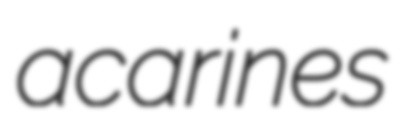
acarines